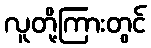
လူတို့ကြားတွင်